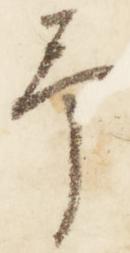
予